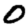
Digit: 0